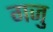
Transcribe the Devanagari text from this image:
गजु